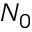
N _ { 0 }